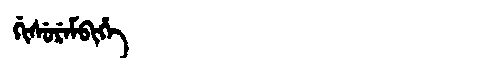
Manchu: ᡤᡳᠰᡠᡵᡝᠮᠪᡳᡥᡝ
Romanization: GISUREMBIHE